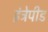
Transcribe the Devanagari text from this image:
इंट्रेपीड